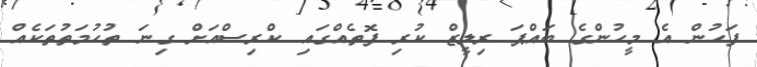
ފަހުން އެ މީހުންގެ ބައްޕަ ރިލީޒް ކުރި ފޮތެއްގައި ކްރިސްއަށް ގިނަ ތުހުމަތުތަކެއް